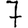
Digit: 7